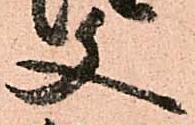
文